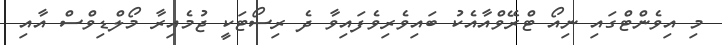
މި އިވެންޓްގައި ނިއޯ ޓްރޭވްއާއެކު ބައިވެރިވެފައިވާ ދެ ރިސޯޓަކީ ޖުމެއިރާ މޯލްޑިވްސް އާއި